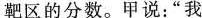
靶区的分数。甲说：”我